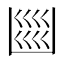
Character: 𭂼